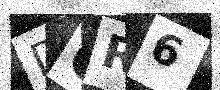
Text: DCR6